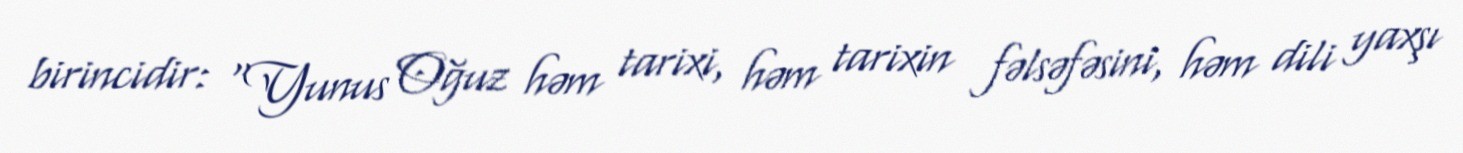
birincidir: "Yunus Oğuz həm tarixi, həm tarixin fəlsəfəsini, həm dili yaxşı